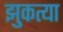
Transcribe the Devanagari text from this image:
झुकत्या